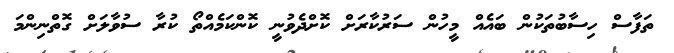
ތަފާސް ހިސާބުތަކުން ބައެއް މީހުން ސަރުކާރަށް ކޮށްދެވުނީ ކޮންކަމެއްތޯ ކުރާ ސުވާލަށް ގޮތްނިންމަ